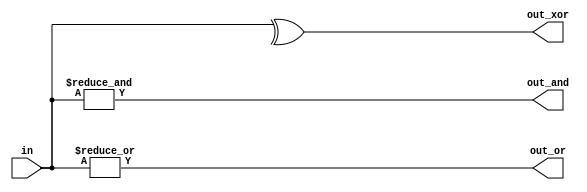
// This program was cloned from: https://github.com/milind7777/VerilogDocGen
// License: MIT License

module gates4 (
  input [3:0] in,
  output out_and,
  output out_or,
  output out_xor

);

  assign out_and = &in;
  assign out_or = |in;
  assign out_xor = ^in;

endmodule